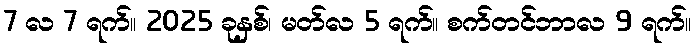
7 လ 7 ရက်။ 2025 ခုနှစ်၊ မတ်လ 5 ရက်။ စက်တင်ဘာလ 9 ရက်။